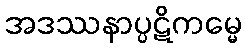
အဒဿနာပ္ပဋိကမ္မေ